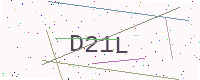
Text: D21L